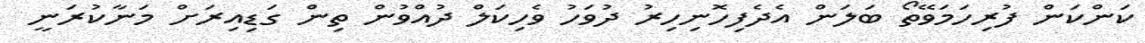
ކަންކަން ފުރިހަމަވޭތޯ ބަލަން އެދެފިހޮނިހިރު ދުވަހު ވެހިކަލް ދުއްވުން ތިން ގަޑިއިރަށް މަނާކުރަނީ